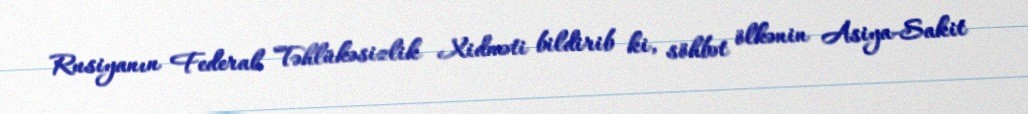
Rusiyanın Federal Təhlükəsizlik Xidməti bildirib ki, söhbət ölkənin Asiya-Sakit